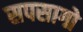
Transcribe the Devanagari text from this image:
सपसागो